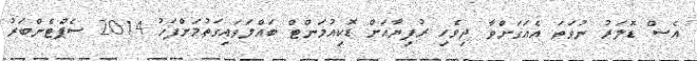
އެސް ޑޮލަރު ނުވަތަ އެއަގަށްވާ ދިވެހި ރުފިޔާއަށް ޑޮކިއުމަންޓް ބައްލަވައިގަތުމަށްފަހު 2014 ސެޕްޓެންބަރު